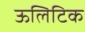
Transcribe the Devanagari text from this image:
ऊलिटिक